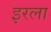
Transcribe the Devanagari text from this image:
इरला